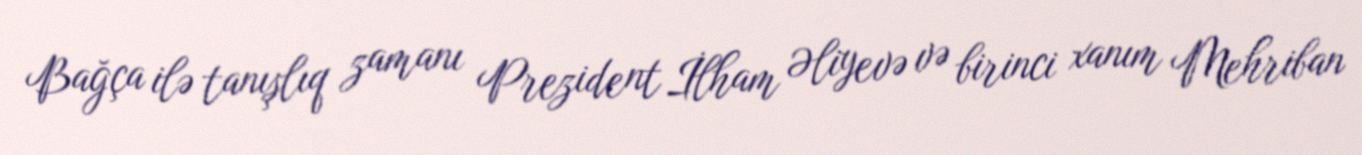
Bağça ilə tanışlıq zamanı Prezident İlham Əliyevə və birinci xanım Mehriban